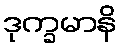
ဒုက္ခမာနိ